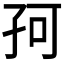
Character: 𡥚